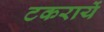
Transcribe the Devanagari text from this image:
टकरायें